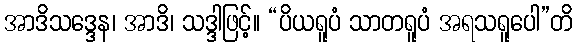
အာဒိသဒ္ဒေန၊ အာဒိ၊ သဒ္ဒါဖြင့်။ “ပိယရူပံ သာတရူပံ အရသရူပေါ”တိ